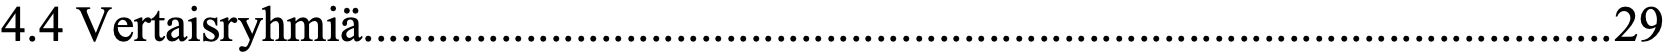
4.4 Vertaisryhmiä.................................................................................................... 29